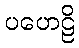
ပဟေဠိ